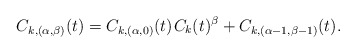
\begin{align*}C_{k,(\alpha,\beta)}(t) = C_{k,(\alpha,0)}(t) \kern+1pt C_k(t)^\beta + C_{k,(\alpha-1,\beta-1)}(t).\end{align*}